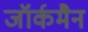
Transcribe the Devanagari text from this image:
जॉर्कमैन